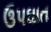
ઉપઘાત